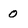
Character: 0